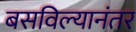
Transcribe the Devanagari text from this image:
बसविल्यानंतर